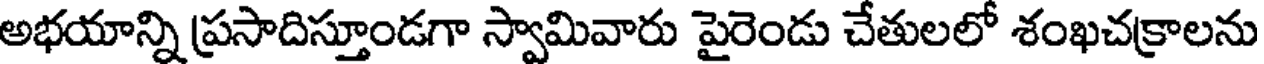
అభయాన్ని ప్రసాదిస్తూండగా స్వామివారు పైరెండు చేతులలో శంఖచక్రాలను